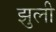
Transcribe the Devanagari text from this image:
झुली